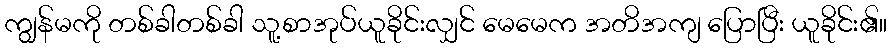
ကျွန်မကို တစ်ခါတစ်ခါ သူ့စာအုပ်ယူခိုင်းလျှင် မေမေက အတိအကျ ပြောပြီး ယူခိုင်း၏။